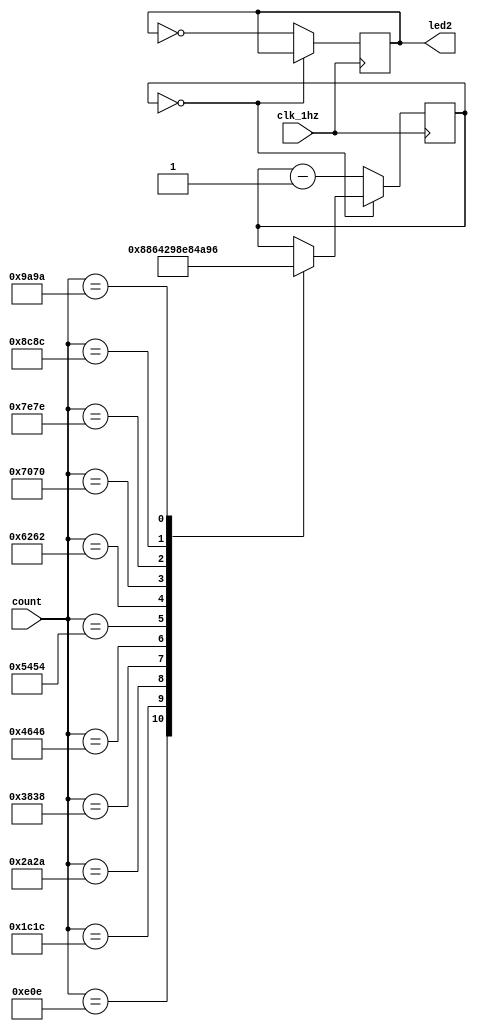
module zhengdian(clk_1hz, count, led2);
	input clk_1hz;
	input[20:0] count;
	output led2;
	reg led2;
	reg[4:0] clock_number;//numbernumberled2
	//
	initial begin clock_number = 0; led2 = 0; end
	always@(posedge clk_1hz)
		begin
			if(clock_number == 0)
				case(count)
					17'd3598: 	clock_number <= 2;//1
				
					17'd7196:	clock_number <= 4;//2

					17'd10794:	clock_number <= 6;//3

					17'd14392:	clock_number <= 8;//4

					17'd17990:	clock_number <= 10;//5

					17'd21588:	clock_number <= 12;//6

					17'd25186:	clock_number <= 14;//7

					17'd28784:	clock_number <= 16;//8
	
					17'd32382:	clock_number <= 18;//9

					17'd35980:	clock_number <= 20;//10
	
					17'd39578:	clock_number <= 22;//11
					//

				endcase	
			else
				begin
					led2 <= ~led2;
					clock_number <= clock_number - 1;
				end
		end
endmodule